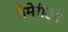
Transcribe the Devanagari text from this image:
सेमेरीटन